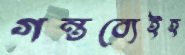
গন্তব্যেইহ